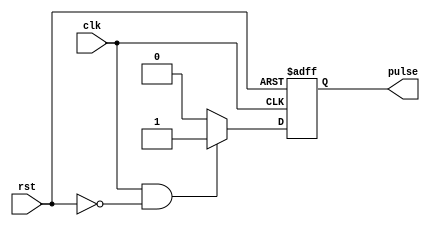
module FallingEdgePulseGenerator (
    input wire clk,
    input wire rst,
    output reg pulse
);

parameter PULSE_WIDTH = 10; // Default pulse width of 10

always @ (posedge clk or negedge rst)
begin
    if (!rst)
        pulse <= 0;
    else if (clk & !rst)
        pulse <= 1;
    else if (pulse)
        pulse <= 0;
end

endmodule